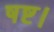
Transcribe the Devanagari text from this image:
षष्ट।